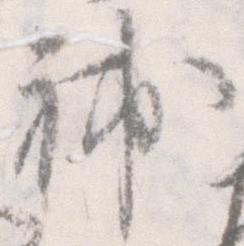
補